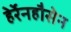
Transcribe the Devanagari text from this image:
हेर्रेनहौसेन